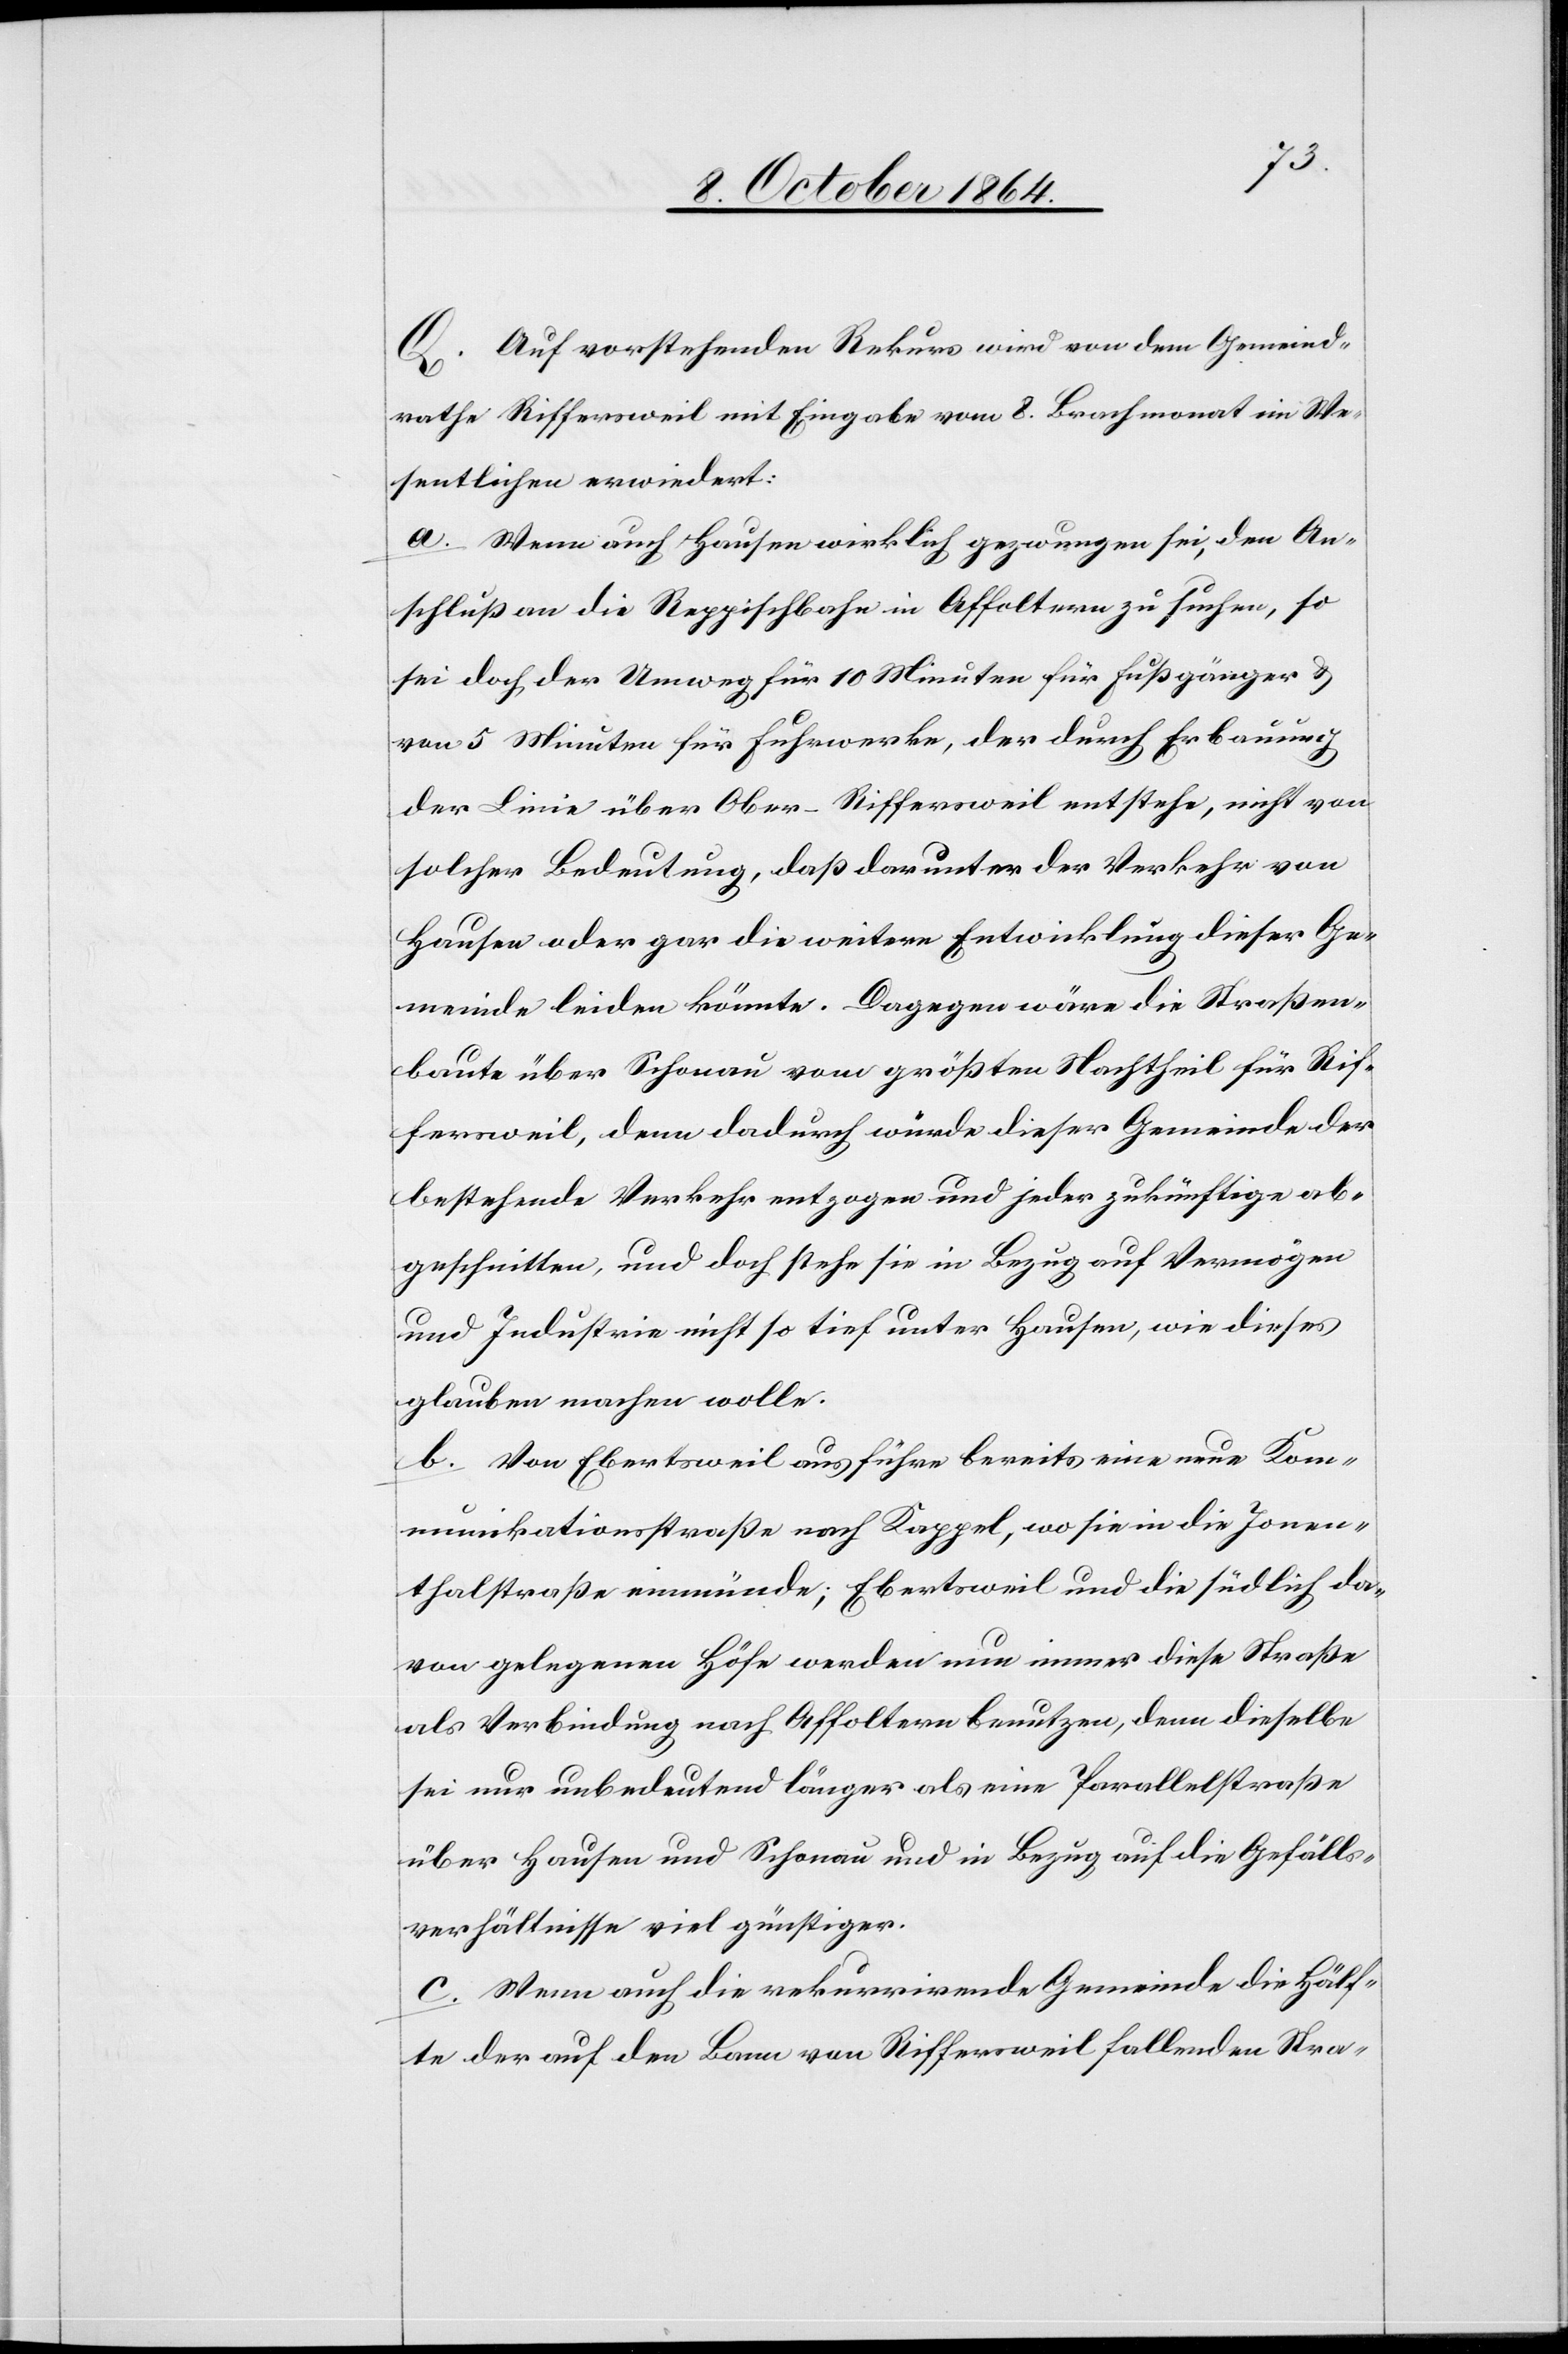
Q. Auf vorstehenden Rekurs wird von dem Gemeind¬
rathe Riffersweil mit Eingabe vom 8. Brachmonat im We¬
sentlichen erwiedert:
a. Wenn auch Hausen wirklich gezwungen sei, den An¬
schluß an die Reppischbahn in Affoltern zu suchen, so
sei doch der Umweg für 10 Minuten für Fußgänger &
von 5 Minuten für Fuhrwerke, der durch Erbauung
der Linie über Ober-Riffersweil entstehe, nicht von
solcher Bedeutung, daß darunter der Verkehr von
Hausen oder gar die weitere Entwicklung dieser Ge¬
meinde leiden könnte. Dagegen wäre die Straßen¬
baute über Schonau vom größten Nachtheil für Rif¬
fersweil, denn dadurch würde dieser Gemeinde der
bestehende Verkehr entzogen und jeder zukünftige ab¬
geschnitten, und doch stehe sie in Bezug auf Vermögen
und Industrie nicht so tief unter Hausen, wie dieses
glauben machen wolle.
b. Von Ebertsweil aus führe bereits eine neue Kom¬
munikationsstraße nach Kappel, wo sie in die Jonen¬
thalstraße einmünde; Ebertsweil und die südlich da¬
von gelegenen Höfe werden nun immer diese Straße
als Verbindung nach Affoltern benutzen, denn dieselbe
sei nur unbedeutend länger als eine Parallelstraße
über Hausen und Schonau und in Bezug auf die Gefälls¬
verhältnisse viel günstiger.
c. Wenn auch die rekurrirende Gemeinde die Hälf¬
te der auf den Bann von Riffersweil fallenden Stra-